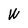
Character: W